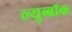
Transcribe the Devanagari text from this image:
ल्युब्बॉक